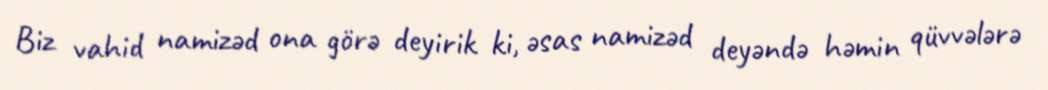
Biz vahid namizəd ona görə deyirik ki, əsas namizəd deyəndə həmin qüvvələrə